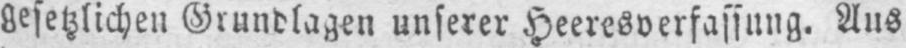
gesetzlichen Grundlagen unserer Heeresverfassung. Aus